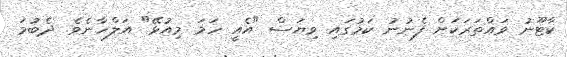
ކާޓޫނު ވައްތަރަކަށް ފެނުނު ކަމުގައި ވިޔަސް "އެއީ ހަމަ މިއުޅޭ" އަލްހާނެވެ. ދެބުމަ